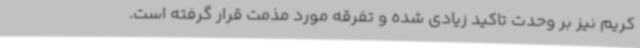
کریم نیز بر وحدت تاکید زیادی شده و تفرقه مورد مذمت قرار گرفته است.